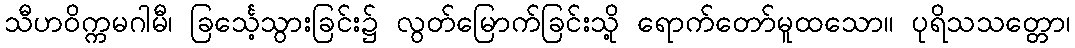
သီဟဝိက္ကမဂါမီ၊ ခြင်္သေ့သွားခြင်း၌ လွတ်မြောက်ခြင်းသို့ ရောက်တော်မူထသော။ ပုရိသသတ္တော၊